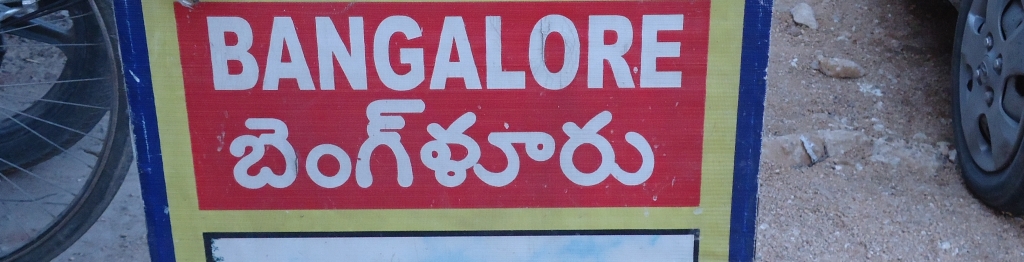
Language: telugu
Transcription: బెంగ్ ళూరు